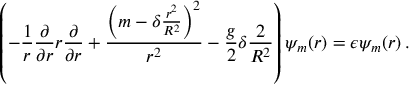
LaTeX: \left( - { \frac { 1 } { r } } { \frac { \partial } { \partial r } } r { \frac { \partial } { \partial r } } + { \frac { \left( m - \delta { \frac { r ^ { 2 } } { R ^ { 2 } } } \right) ^ { 2 } } { r ^ { 2 } } } - { \frac { g } { 2 } } \delta { \frac { 2 } { R ^ { 2 } } } \right) \psi _ { m } ( r ) = \epsilon \psi _ { m } ( r ) \, .